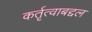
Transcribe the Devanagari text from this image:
कर्तृत्वाबद्दल